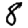
Digit: 8